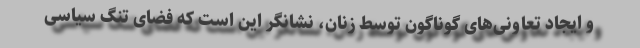
و ایجاد تعاونی‌های گوناگون توسط زنان، نشانگر این است که فضای تنگ سیاسی